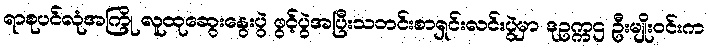
ရာစုပင်လုံအကြို လူထုဆွေးနွေးပွဲ ဖွင့်ပွဲအပြီးသတင်းစာရှင်းလင်းပွဲမှာ ဒုဥက္ကဌ ဦးမျိုးဝင်းက